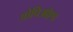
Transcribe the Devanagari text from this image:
ओपिओएड